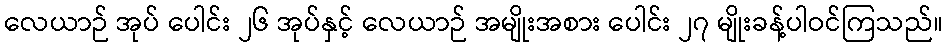
လေယာဉ် အုပ် ပေါင်း ၂၆ အုပ်နှင့် လေယာဉ် အမျိုးအစား ပေါင်း ၂၇ မျိုးခန့်ပါဝင်ကြသည်။